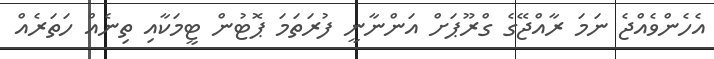
އެހެންވެއްޖެ ނަމަ ރާއްޖޭގެ ގްރޫޕަށް އަންނާނީ ފުރަތަމަ ޕޮޓުން ޓީމަކާއި ތިނެއް ހަތަރެއް